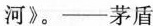
河》。——茅盾